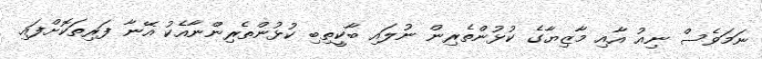
ނަމަވެސް ނިއު އާއި މާޒިޔާގެ ކުޅުންތެރިން ނުލައި ބާކީތިބި ކުޅުންތެރިންނާއެކު އޭނާ ފަރިތަކޮށްފައި